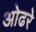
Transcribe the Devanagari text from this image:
ओढरे